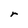
Character: r